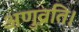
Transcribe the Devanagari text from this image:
अणुव्रति।